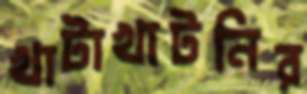
খাটাখাটনির